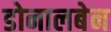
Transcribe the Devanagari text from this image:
डोनालबेन